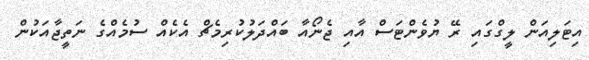
އިޓަލިއަން ލީގްގައި ރޭ ޔުވެންޓަސް އާއި ޖެނޯއާ ބައްދަލުކުރިމެޗް އެކެއް ސުމެއްގެ ނަތީޖާއަކުން